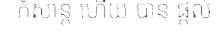
កំសាន្ត ហើយ បាន ផ្តល់